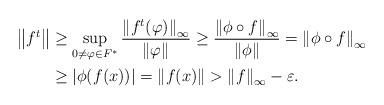
LaTeX: \begin{align*}\left\|f^t\right\|&\geq\sup_{0\neq\varphi\in F^*}\frac{\left\|f^t(\varphi)\right\|_\infty}{\left\|\varphi\right\|}\geq\frac{\left\|\phi\circ f\right\|_\infty}{\left\|\phi\right\|}=\left\|\phi\circ f\right\|_\infty\\&\geq \left|\phi(f(x))\right|=\left\|f(x)\right\|>\left\|f\right\|_\infty-\varepsilon .\end{align*}